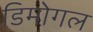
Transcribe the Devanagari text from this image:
डिमोगल